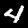
Label: 4